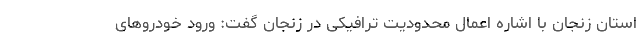
استان زنجان با اشاره اعمال محدودیت ترافیکی در زنجان گفت: ورود خودروهای